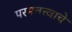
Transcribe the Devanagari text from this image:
परमतत्त्वाचे